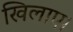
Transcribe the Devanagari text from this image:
खिलाए।